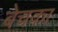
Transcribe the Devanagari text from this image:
बेचका